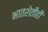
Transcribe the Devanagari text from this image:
भातशेतीही